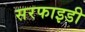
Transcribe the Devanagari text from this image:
सरफाइडी